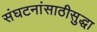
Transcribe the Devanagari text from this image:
संघटनांसाठीसुद्धा